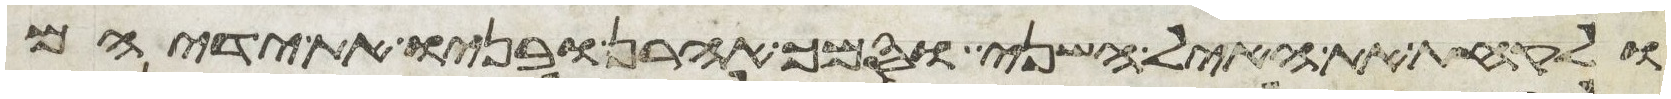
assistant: ולקחת את האיל השני וסמך אהרן ובניו את ידיהם